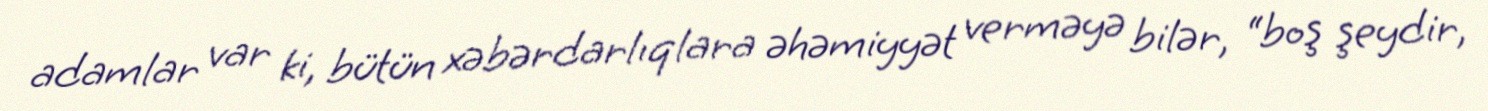
adamlar var ki, bütün xəbərdarlıqlara əhəmiyyət verməyə bilər, “boş şeydir,